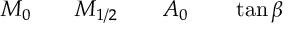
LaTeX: M _ { 0 } \qquad M _ { 1 / 2 } \qquad A _ { 0 } \qquad \tan \beta